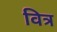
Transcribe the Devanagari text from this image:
वित्र